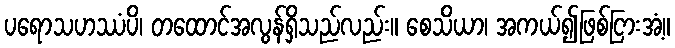
ပရောသဟဿံပိ၊ တထောင်အလွန်ရှိသည်လည်း။ စေသိယာ၊ အကယ်၍ဖြစ်ငြားအံ့။